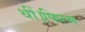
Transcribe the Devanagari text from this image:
थीं।फिल्म